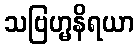
သဗြဟ္မနိရယာ